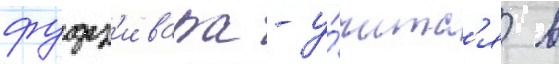
фудз'ивара - у́читс'я в